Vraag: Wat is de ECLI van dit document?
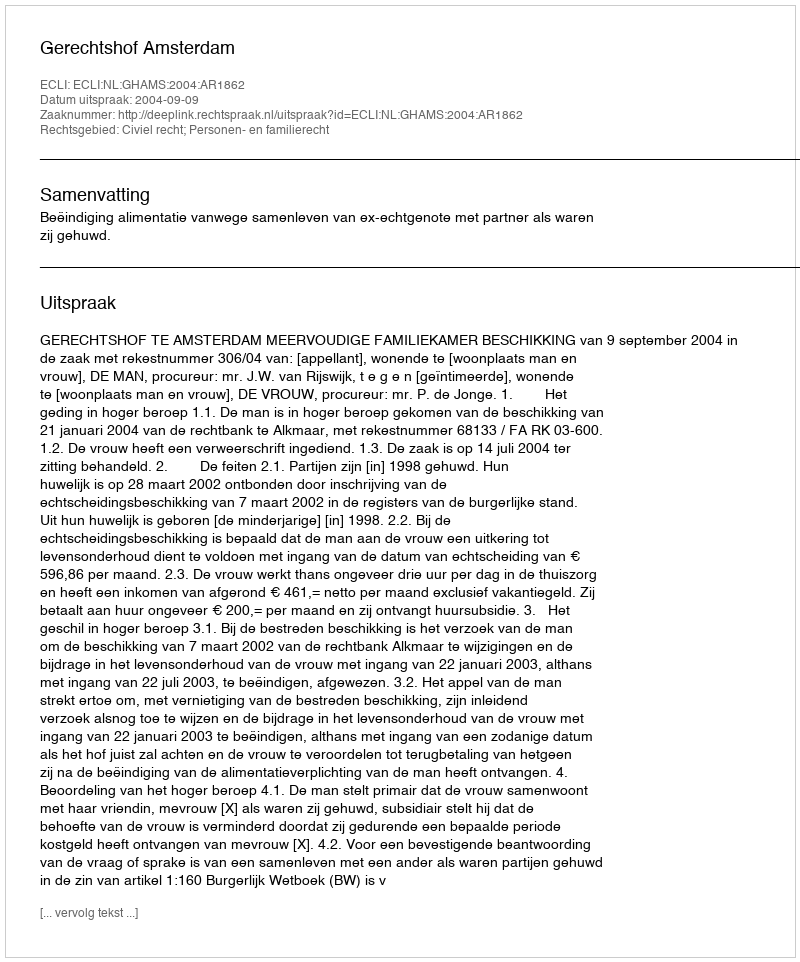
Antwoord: ECLI:NL:GHAMS:2004:AR1862